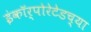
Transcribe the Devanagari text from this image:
इंकॉर्पोरेटेडच्या